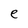
Character: e